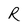
Character: R